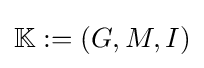
\mathbb {K} :=(G,M,I)